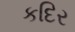
કદિર